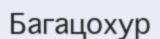
Багацохур